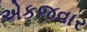
એકજવાર